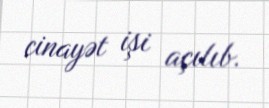
cinayət işi açılıb.